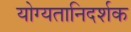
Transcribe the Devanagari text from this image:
योग्यतानिदर्शक